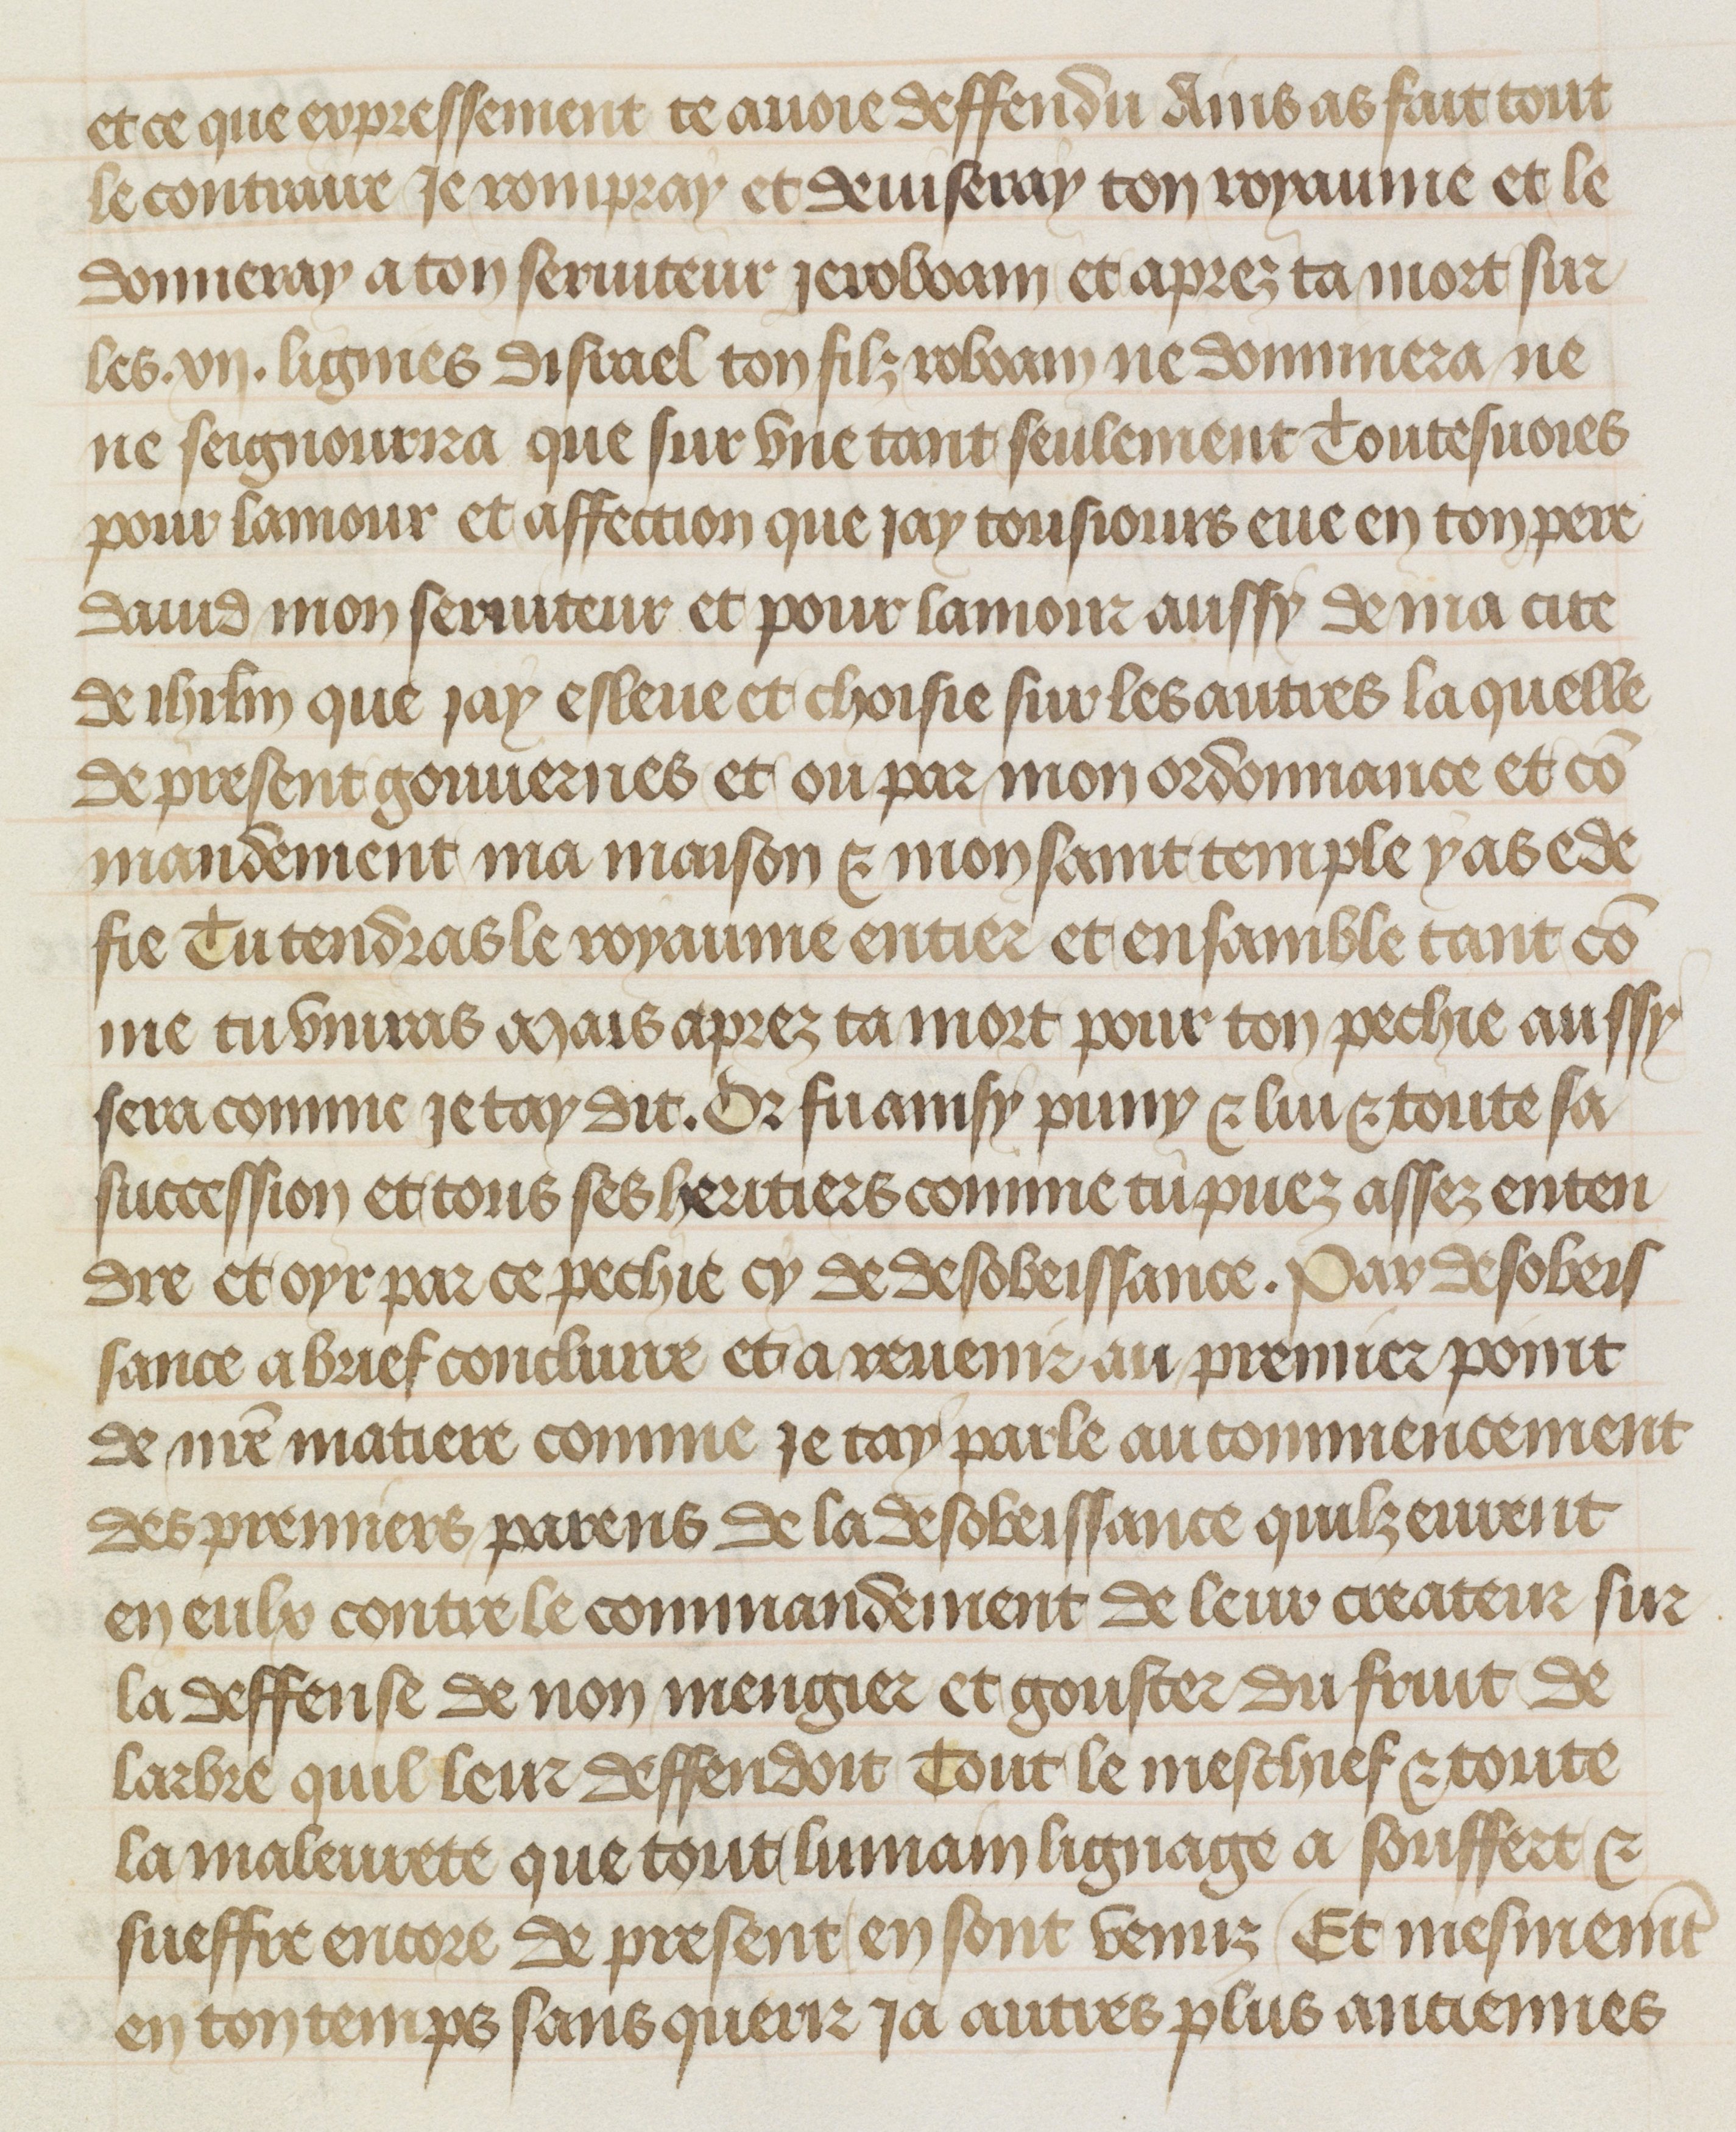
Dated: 1412–1415